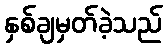
နှစ်ချမှတ်ခဲ့သည်